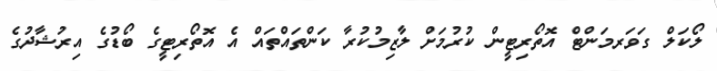
ލޯކަލް ގަވަރމަންޓް އޮތޯރިޓީން ކުރުމަށް ލާޒިމުކުރާ ކަންތައްތައް އެ އޮތޯރިޓީގެ ބޯޑުގެ އިރުޝާދުގެ